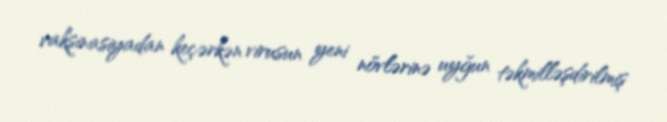
vaksinasiyadan keçərkən virusun yeni növlərinə uyğun təkmilləşdirilmiş